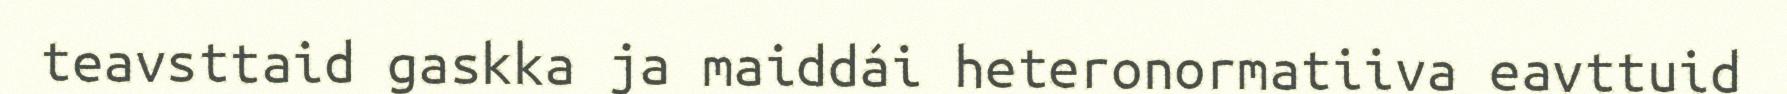
teavsttaid gaskka ja maiddái heteronormatiiva eavttuid